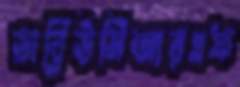
ডাব্লিউসিআরএফ